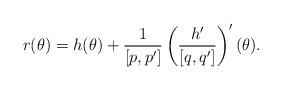
LaTeX: \begin{align*}r(\theta)=h(\theta)+\frac{1}{[p,p']} \left( \frac{h'}{[q,q']} \right)'(\theta).\end{align*}